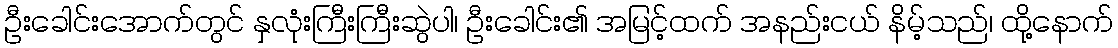
ဦးခေါင်းအောက်တွင် နှလုံးကြီးကြီးဆွဲပါ၊ ဦးခေါင်း၏ အမြင့်ထက် အနည်းငယ် နိမ့်သည်၊ ထို့နောက်